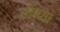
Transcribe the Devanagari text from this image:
सोम्सा